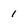
Character: 1